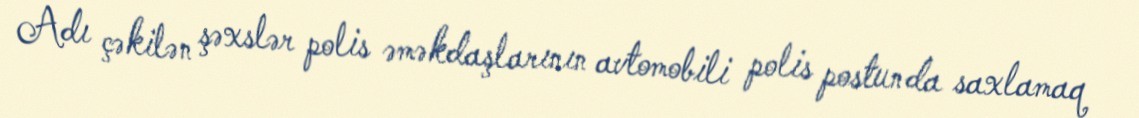
Adı çəkilən şəxslər polis əməkdaşlarının avtomobili polis postunda saxlamaq